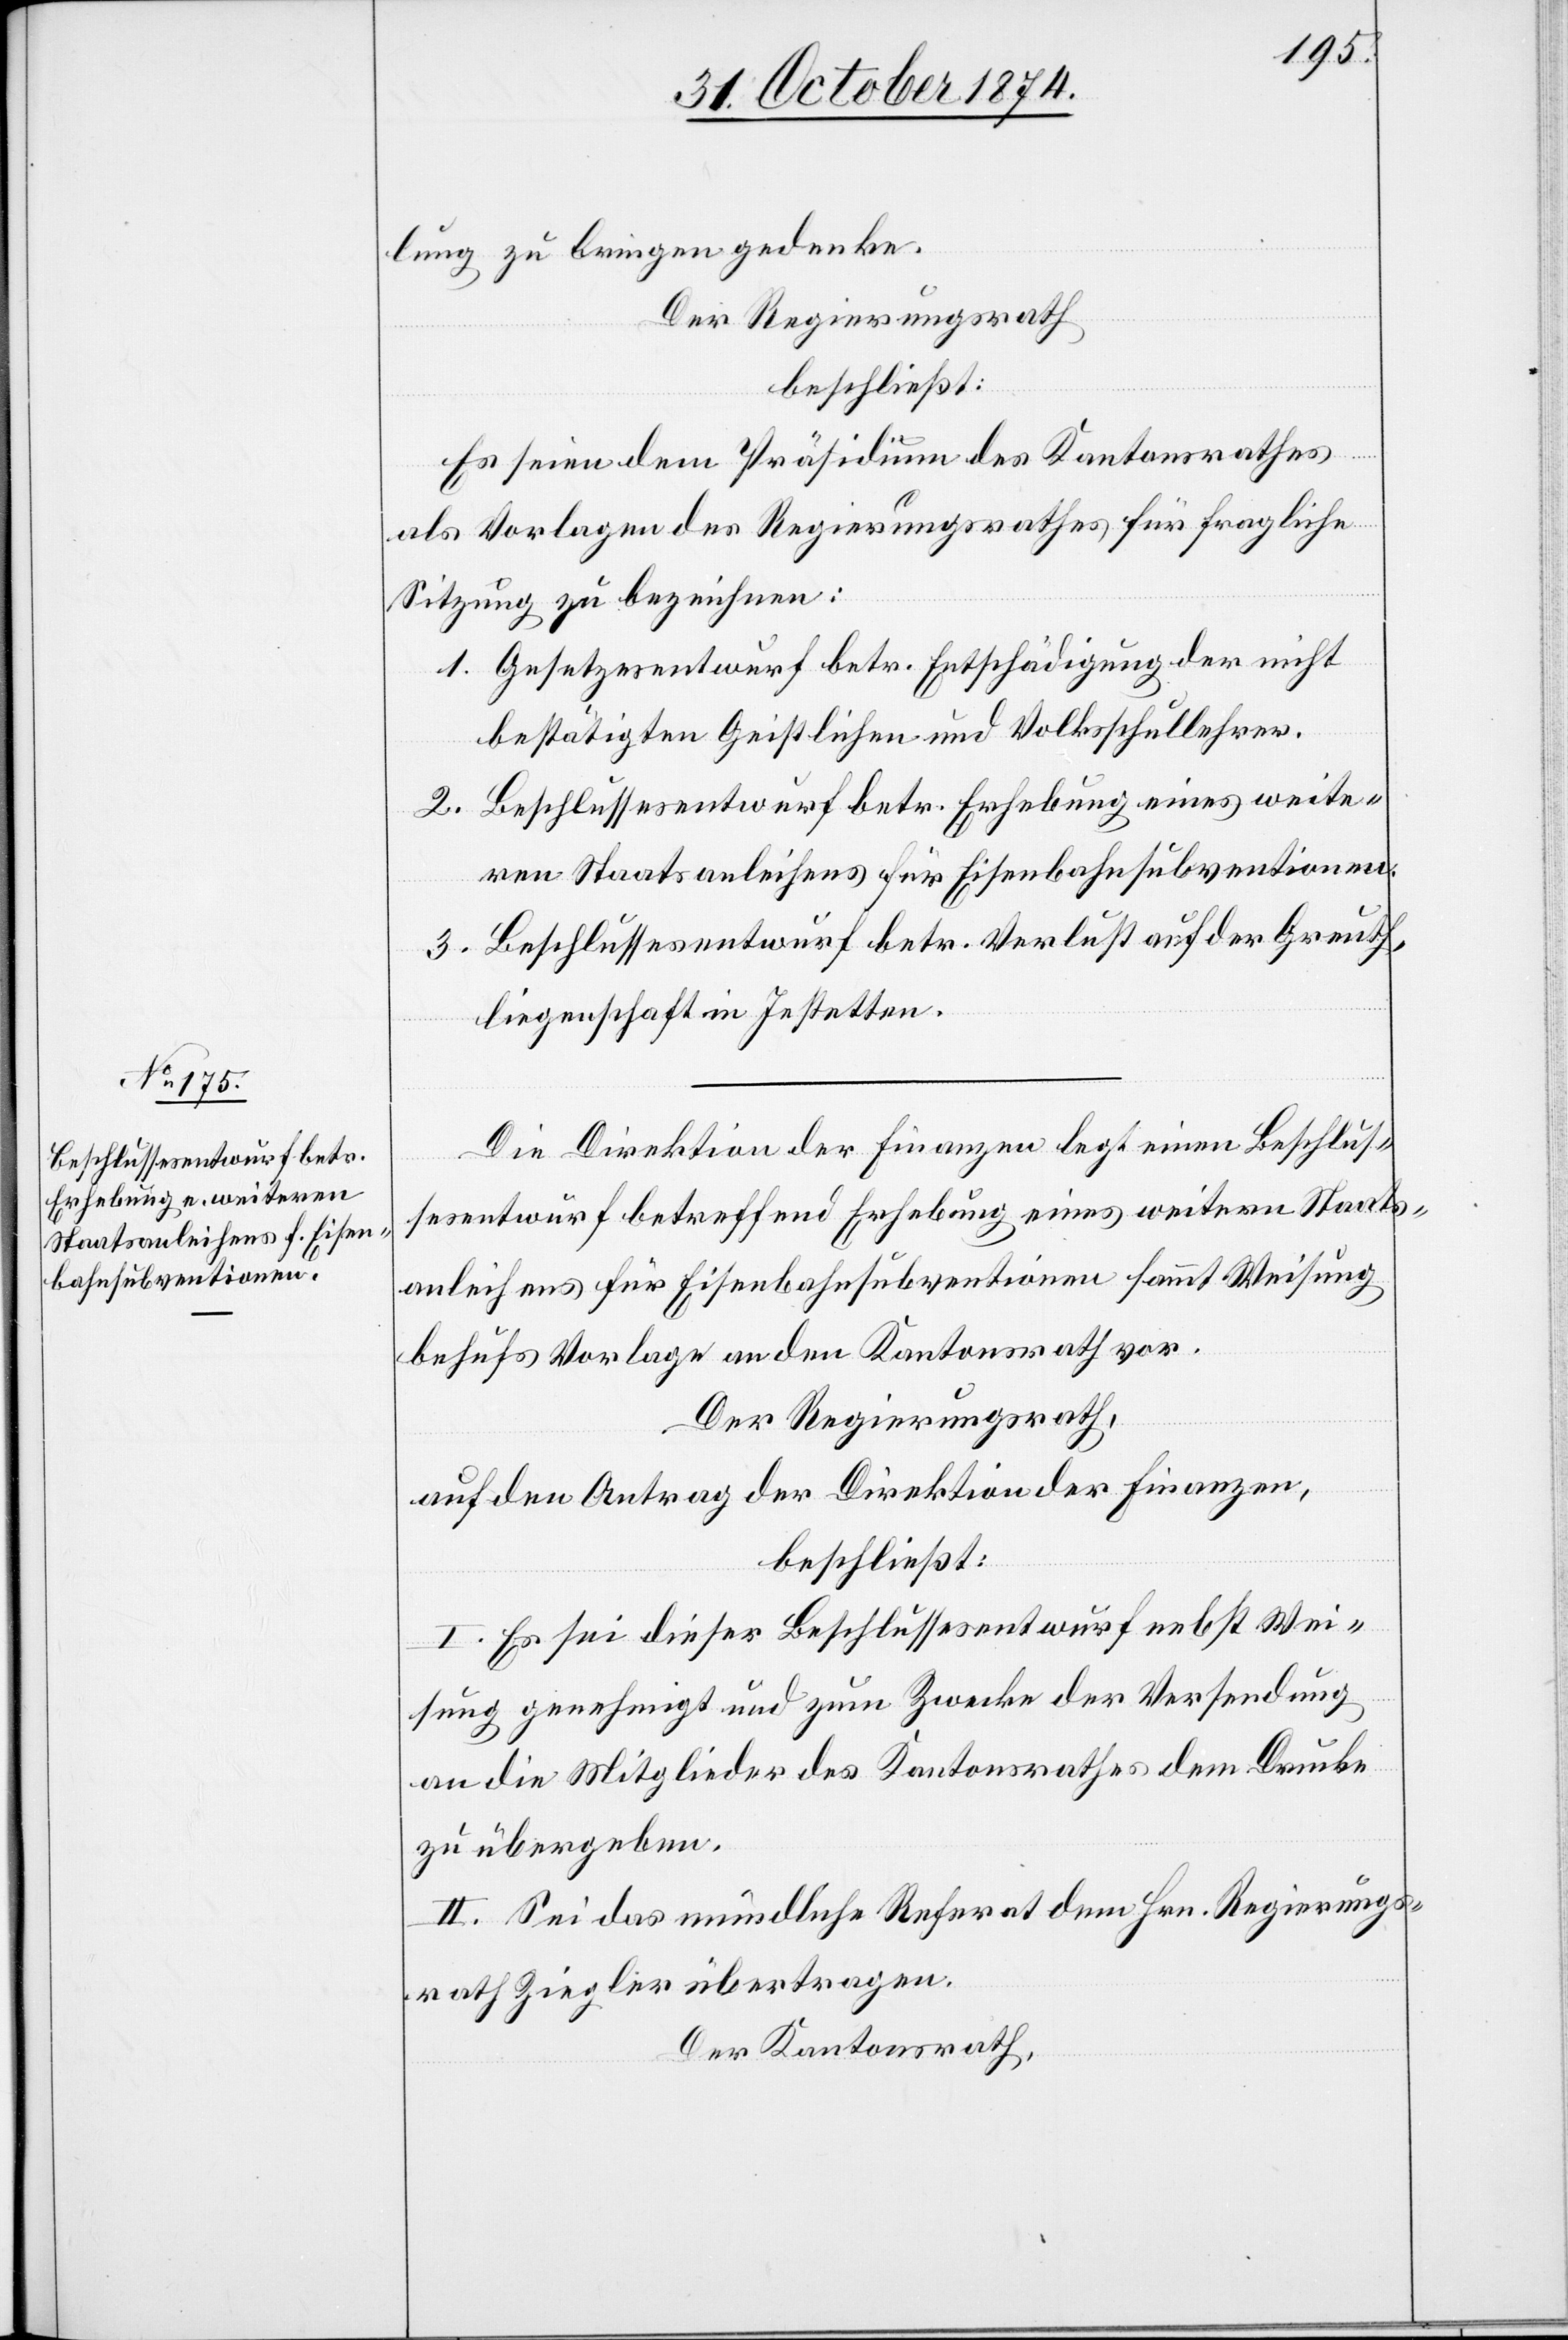
lung zu bringen gedenke.
Der Regierungsrath
beschließt:
Es seien dem Präsidium des Kantonsrathes
als Vorlagen des Regierungsrathes für fragliche
Sitzung zu bezeichnen:
1. Gesetzesentwurf betr. Entschädigung der nicht
bestätigten Geistlichen und Volksschullehrer.
2. Beschlussesentwurf betr. Erhebung eines weite¬
ren Staatsanleihens für Eisenbahnsubventionen.
3. Beschlussesentwurf betr. Verlust auf der Greuth¬
liegenschaft in Jestetten.
Die Direktion der Finanzen legt einen Beschlus¬
sesentwurf betreffend Erhebung eines weitern Staats¬
anleihens für Eisenbahnsubventionen sammt Weisung
behufs Vorlage an den Kantonsrath vor.
Der Regierungsrath,
auf den Antrag der Direktion der Finanzen,
beschließt:
I. Es sei dieser Beschlussesentwurf nebst Wei¬
sung genehmigt und zum Zwecke der Versendung
an die Mitglieder des Kantonsrathes dem Drucke
zu übergeben.
II. Sei das mündliche Referat dem Hrn. Regierungs¬
rath Ziegler übertragen.
Der Kantonsrath,